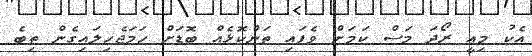
އެކު މިއީ ރޯދަ މަސް ކަމަށް ވެފައި ތަންކޮޅެއް ބޮޑަށް ހަމަޖެހިލައިގެން ތިބެ